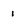
Character: 1